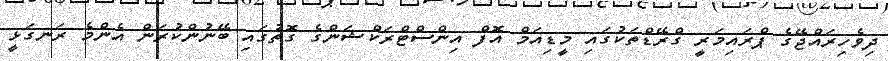
ދިވެހިރައްޖޭގެ ޕްރައިމަރީ ގްރޭޑްތަކުގައި މީޑިއަމް އޮފް އިންސްޓްރަކްޝަންގެ ގޮތުގައި ބޭނުންކުރަން އެންމެ ރަނގަޅީ